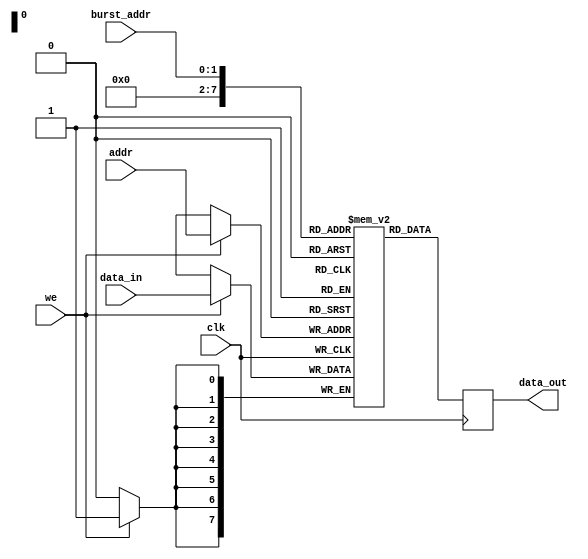
module dual_port_ram (
    input clk,
    input [7:0] data_in,
    input [7:0] addr,
    input we,
    input [1:0] burst_addr,
    output reg [7:0] data_out
);

reg [7:0] memory [0:255];

always @(posedge clk) begin
    if (we) begin
        memory[addr] <= data_in;
    end
    
    data_out <= memory[burst_addr];
end

endmodule